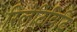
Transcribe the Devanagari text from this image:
रिलेटिविटि